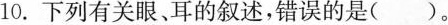
10.下列有关眼、鼻耳的叙述，错误的是（）。